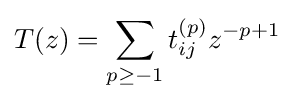
T(z)=\sum _{p\geq -1}t_{ij}^{(p)}z^{-p+1}